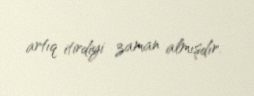
artıq itirdiyi zaman almışdır.